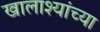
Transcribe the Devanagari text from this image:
खालाश्यांच्या